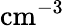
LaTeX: \mathrm{cm}^{-3}